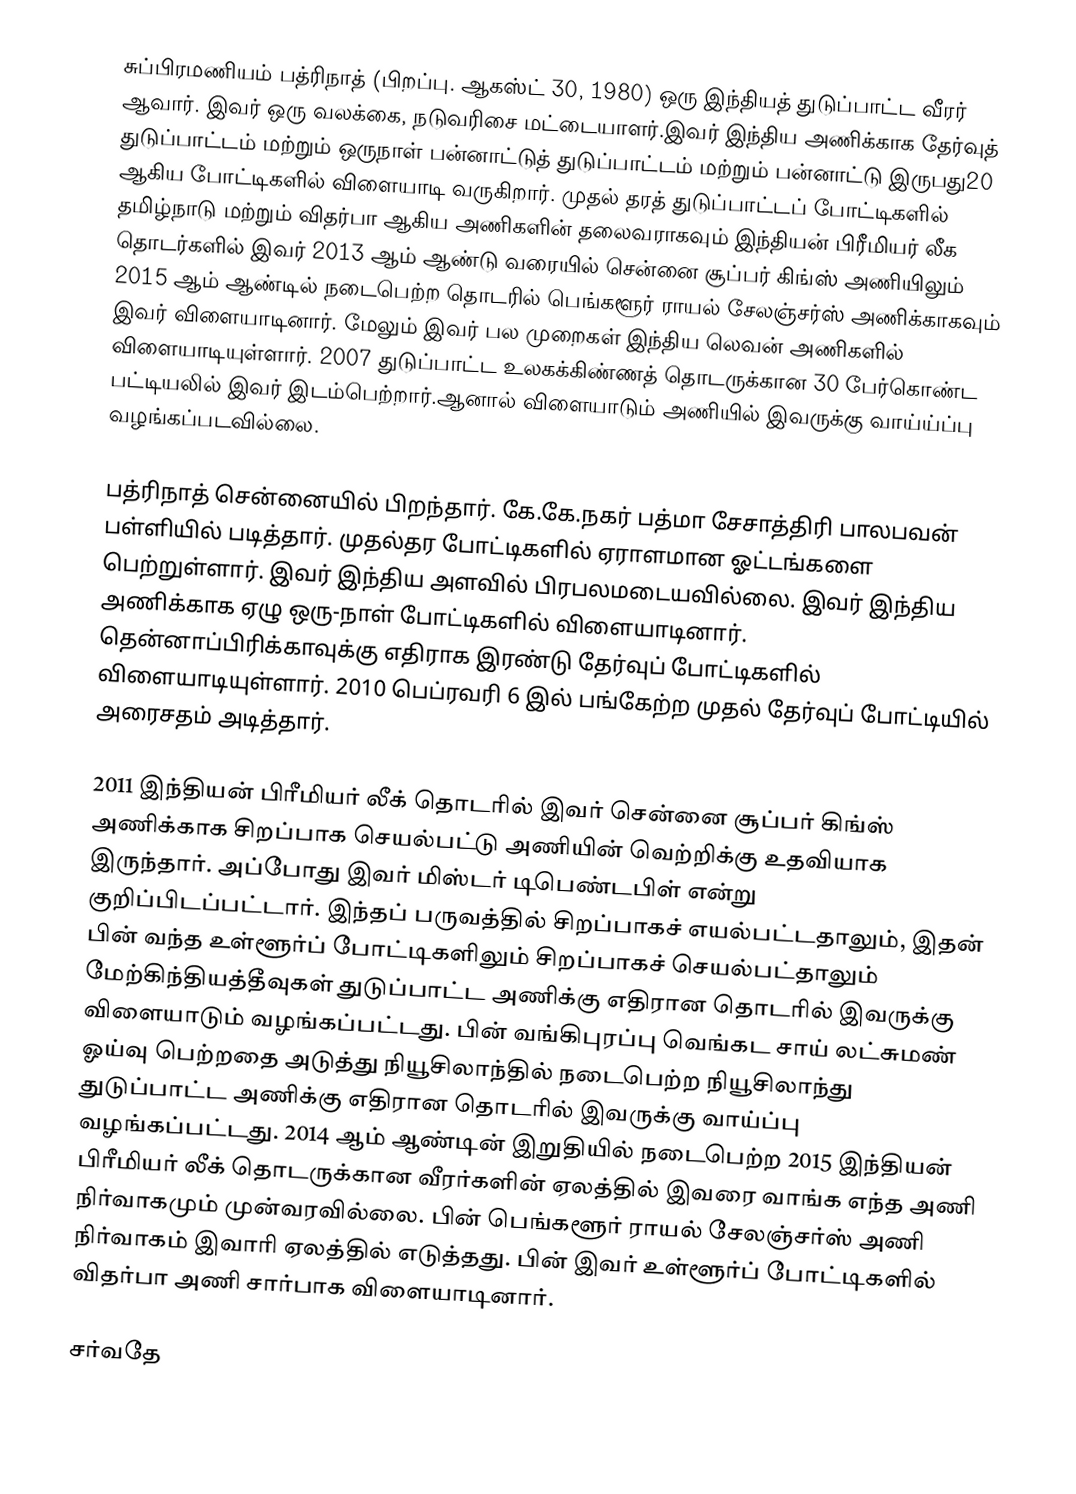
சுப்பிரமணியம் பத்ரிநாத் (பிறப்பு. ஆகஸ்ட் 30, 1980) ஒரு இந்தியத் துடுப்பாட்ட வீரர் ஆவார். இவர் ஒரு வலக்கை, நடுவரிசை மட்டையாளர்.இவர் இந்திய அணிக்காக தேர்வுத் துடுப்பாட்டம் மற்றும் ஒருநாள் பன்னாட்டுத் துடுப்பாட்டம்  மற்றும் பன்னாட்டு இருபது20 ஆகிய போட்டிகளில் விளையாடி வருகிறார். முதல் தரத் துடுப்பாட்டப்  போட்டிகளில் தமிழ்நாடு மற்றும் விதர்பா ஆகிய அணிகளின்  தலைவராகவும் இந்தியன் பிரீமியர் லீக தொடர்களில் இவர் 2013 ஆம் ஆண்டு வரையில்  சென்னை சூப்பர் கிங்ஸ் அணியிலும் 2015 ஆம் ஆண்டில் நடைபெற்ற தொடரில் பெங்களூர் ராயல் சேலஞ்சர்ஸ் அணிக்காகவும்  இவர்  விளையாடினார். மேலும் இவர் பல முறைகள் இந்திய லெவன் அணிகளில் விளையாடியுள்ளார். 2007 துடுப்பாட்ட உலகக்கிண்ணத் தொடருக்கான 30 பேர்கொண்ட பட்டியலில் இவர் இடம்பெற்றார்.ஆனால் விளையாடும் அணியில் இவருக்கு வாய்ய்ப்பு வழங்கப்படவில்லை.

பத்ரிநாத் சென்னையில் பிறந்தார். கே.கே.நகர் பத்மா சேசாத்திரி பாலபவன் பள்ளியில் படித்தார். முதல்தர போட்டிகளில் ஏராளமான ஓட்டங்களை பெற்றுள்ளார். இவர் இந்திய அளவில் பிரபலமடையவில்லை. இவர் இந்திய அணிக்காக ஏழு ஒரு-நாள் போட்டிகளில் விளையாடினார். தென்னாப்பிரிக்காவுக்கு எதிராக இரண்டு தேர்வுப் போட்டிகளில் விளையாடியுள்ளார். 2010 பெப்ரவரி 6 இல் பங்கேற்ற முதல் தேர்வுப் போட்டியில் அரைசதம் அடித்தார்.

2011 இந்தியன் பிரீமியர் லீக் தொடரில் இவர் சென்னை சூப்பர் கிங்ஸ் அணிக்காக சிறப்பாக செயல்பட்டு அணியின் வெற்றிக்கு உதவியாக இருந்தார். அப்போது இவர் மிஸ்டர் டிபெண்டபிள்  என்று குறிப்பிடப்பட்டார். இந்தப் பருவத்தில் சிறப்பாகச் எயல்பட்டதாலும், இதன் பின் வந்த உள்ளூர்ப் போட்டிகளிலும் சிறப்பாகச் செயல்பட்தாலும் மேற்கிந்தியத்தீவுகள் துடுப்பாட்ட அணிக்கு எதிரான தொடரில் இவருக்கு விளையாடும் வழங்கப்பட்டது. பின் வங்கிபுரப்பு வெங்கட சாய் லட்சுமண் ஓய்வு பெற்றதை அடுத்து நியூசிலாந்தில் நடைபெற்ற  நியூசிலாந்து துடுப்பாட்ட அணிக்கு எதிரான தொடரில் இவருக்கு வாய்ப்பு வழங்கப்பட்டது. 2014 ஆம் ஆண்டின் இறுதியில் நடைபெற்ற 2015 இந்தியன் பிரீமியர் லீக் தொடருக்கான வீரர்களின் ஏலத்தில் இவரை வாங்க எந்த அணி நிர்வாகமும் முன்வரவில்லை. பின் பெங்களூர் ராயல் சேலஞ்சர்ஸ் அணி நிர்வாகம் இவாரி ஏலத்தில் எடுத்தது. பின் இவர் உள்ளூர்ப் போட்டிகளில் விதர்பா அணி சார்பாக விளையாடினார்.

சர்வதே